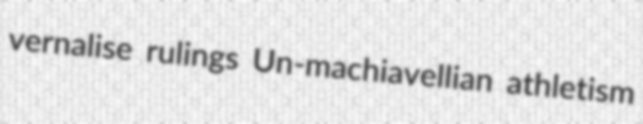
vernalise rulings Un-machiavellian athletism